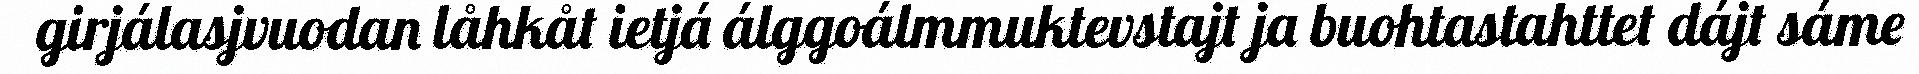
girjálasjvuodan låhkåt ietjá álggoálmmuktevstajt ja buohtastahttet dájt sáme